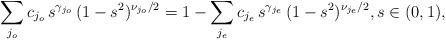
LaTeX: \begin{align*}\sum_{j_o} c_{j_o} \,s^{\gamma_{j_o} }\,(1-s^2)^{\nu_{j_o}/2} =1 - \sum_{j_e} c_{j_e} \,s^{\gamma_{j_e} }\,(1-s^2)^{\nu_{j_e}/2} , s \in (0, 1), \end{align*}